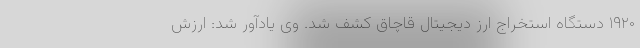
۱۹۲۰ دستگاه استخراج ارز دیجیتال قاچاق کشف شد. وی یادآور شد: ارزش